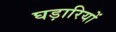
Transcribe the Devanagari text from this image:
घड़ारियों